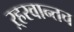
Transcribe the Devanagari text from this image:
ऱ्हस्वान्तच